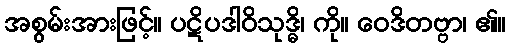
အစွမ်းအားဖြင့်။ ပဋိပဒါဝိသုဒ္ဓိ၊ ကို။ ဝေဒိတဗ္ဗာ၊ ၏။